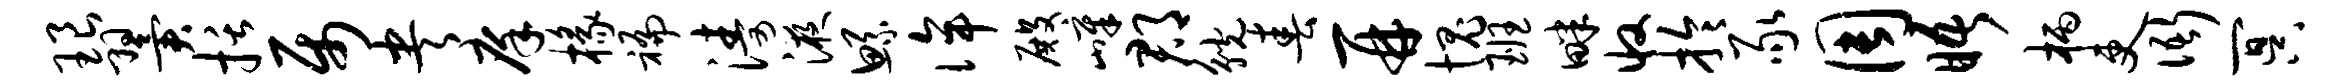
琅翼括属央庠椽褊涛液鲧侔殿嶂郡觥春再愧班畔收拎豕周晤柄吏衙冥